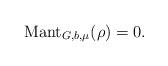
LaTeX: \begin{align*}\mathrm{Mant}_{G,b,\mu}(\rho)=0.\end{align*}